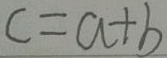
c = a + b